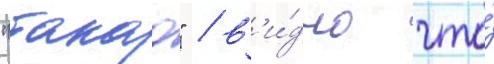
"такао" / в'и́дно что́